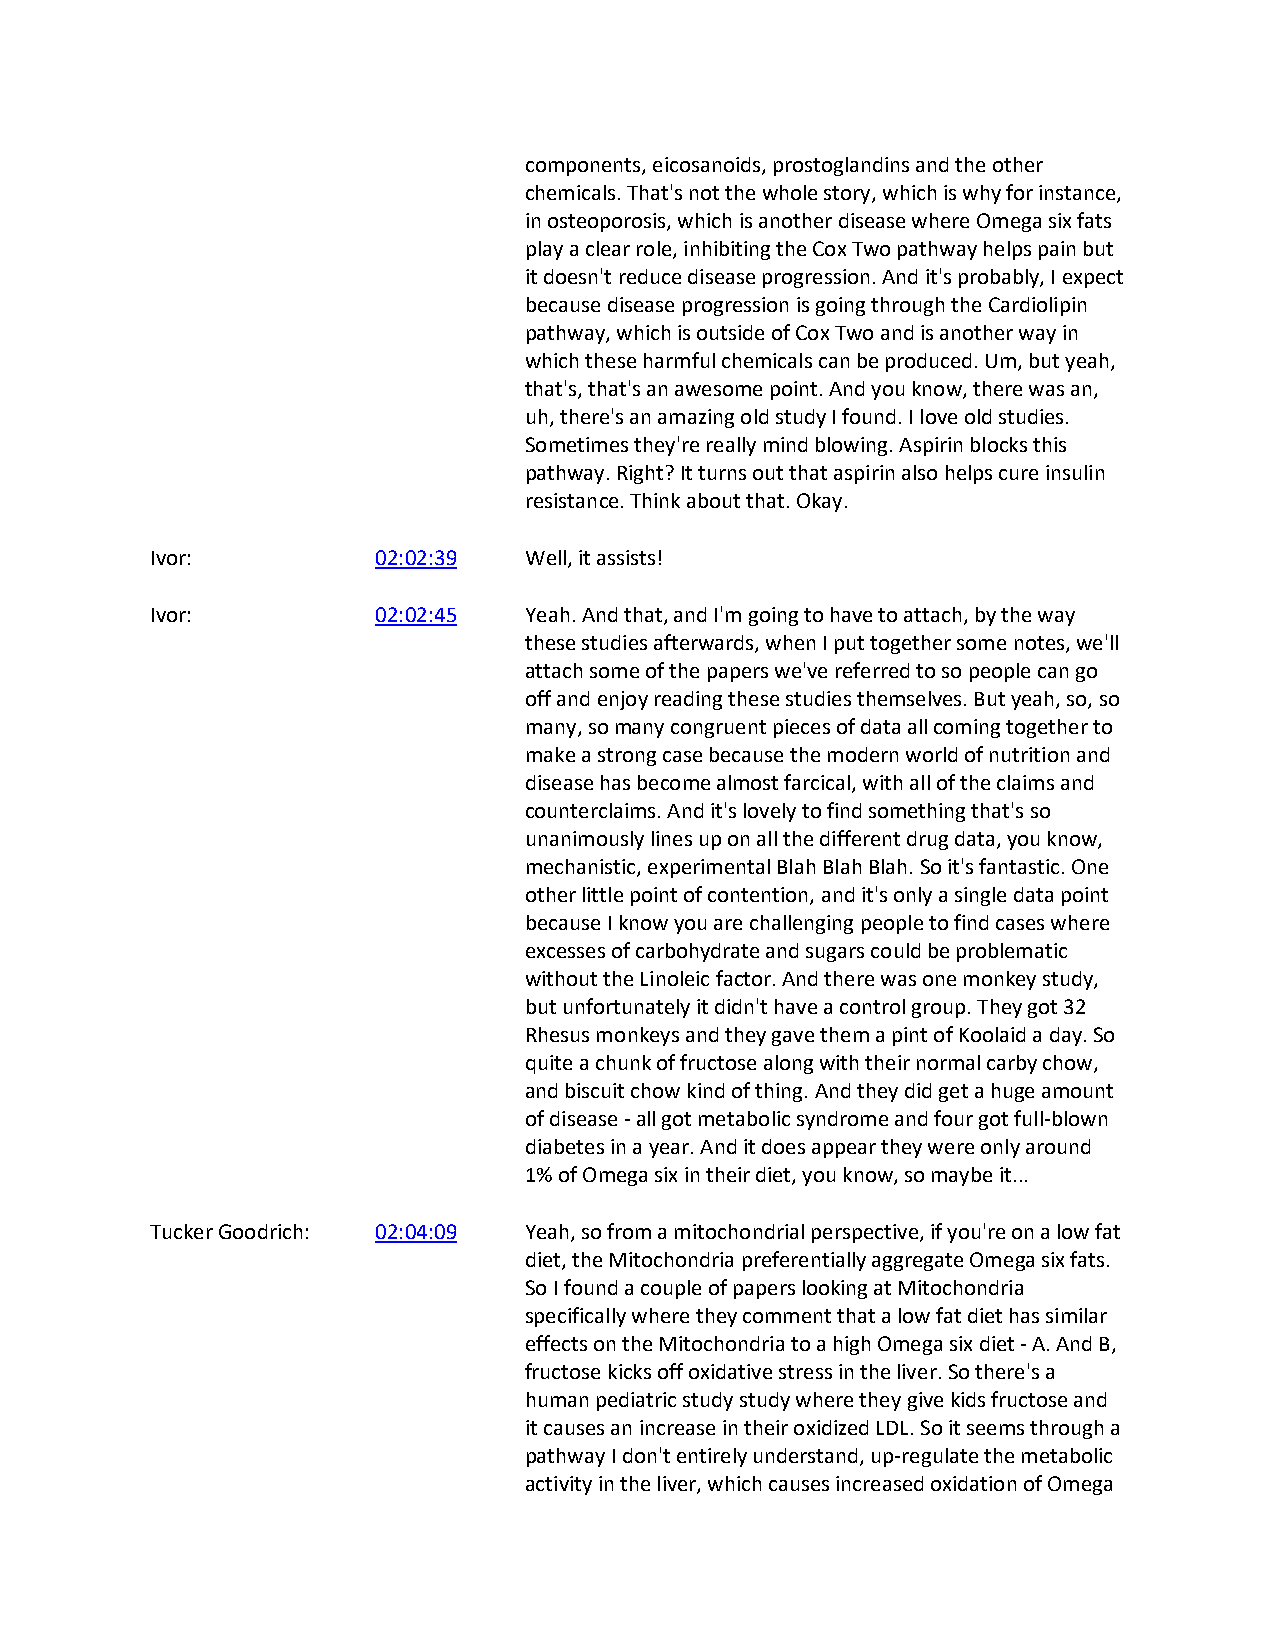
components, eicosanoids, prostoglandins and the other
 chemicals. That's not the whole story, which is why for instance,
 in osteoporosis, which is another disease where Omega six fats
 play a clear role, inhibiting the Cox Two pathway helps pain but
 it doesn't reduce disease progression. And it's probably, I expect
 because disease progression is going through the Cardiolipin
 pathway, which is outside of Cox Two and is another way in
 which these harmful chemicals can be produced. Um, but yeah,
 that's, that's an awesome point. And you know, there was an,
 uh, there's an amazing old study I found. I love old studies.
 Sometimes they're really mind blowing. Aspirin blocks this
 pathway. Right? It turns out that aspirin also helps cure insulin
 resistance. Think about that. Okay.
 Ivor:          02:02:39  Well, it assists!
 Ivor:          02:02:45  Yeah. And that, and I'm going to have to attach, by the way
 these studies afterwards, when I put together some notes, we'll
 attach some of the papers we've referred to so people can go
 off and enjoy reading these studies themselves. But yeah, so, so
 many, so many congruent pieces of data all coming together to
 make a strong case because the modern world of nutrition and
 disease has become almost farcical, with all of the claims and
 counterclaims. And it's lovely to find something that's so
 unanimously lines up on all the different drug data, you know,
 mechanistic, experimental Blah Blah Blah. So it's fantastic. One
 other little point of contention, and it's only a single data point
 because I know you are challenging people to find cases where
 excesses of carbohydrate and sugars could be problematic
 without the Linoleic factor. And there was one monkey study,
 but unfortunately it didn't have a control group. They got 32
 Rhesus monkeys and they gave them a pint of Koolaid a day. So
 quite a chunk of fructose along with their normal carby chow,
 and biscuit chow kind of thing. And they did get a huge amount
 of disease - all got metabolic syndrome and four got full-blown
 diabetes in a year. And it does appear they were only around
 1% of Omega six in their diet, you know, so maybe it...
 Tucker Goodrich: 02:04:09 Yeah, so from a mitochondrial perspective, if you're on a low fat
 diet, the Mitochondria preferentially aggregate Omega six fats.
 So I found a couple of papers looking at Mitochondria
 specifically where they comment that a low fat diet has similar
 effects on the Mitochondria to a high Omega six diet - A. And B,
 fructose kicks off oxidative stress in the liver. So there's a
 human pediatric study study where they give kids fructose and
 it causes an increase in their oxidized LDL. So it seems through a
 pathway I don't entirely understand, up-regulate the metabolic
 activity in the liver, which causes increased oxidation of Omega